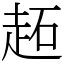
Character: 䞠